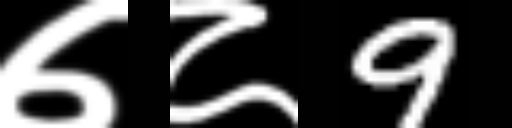
Text: ७८9